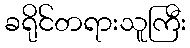
ခရိုင်တရားသူကြီး